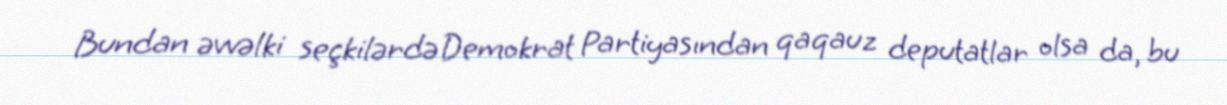
Bundan əvvəlki seçkilərdə Demokrat Partiyasından qaqauz deputatlar olsa da, bu